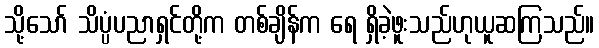
သို့သော် သိပ္ပံပညာရှင်တို့က တစ်ချိန်က ရေ ရှိခဲ့ဖူးသည်ဟုယူဆကြသည်။